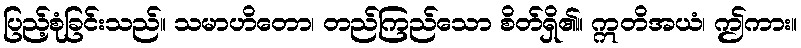
ပြည့်စုံခြင်းသည်။ သမာဟိတော၊ တည်ကြည်သော စိတ်ရှိ၏။ ဣတိအယံ၊ ဤကား။